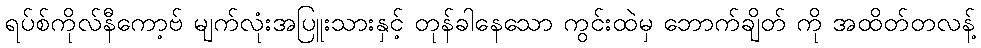
ရပ်စ်ကိုလ်နီကော့ဗ် မျက်လုံးအပြူးသားနှင့် တုန်ခါနေသော ကွင်းထဲမှ ဘောက်ချိတ် ကို အထိတ်တလန့်